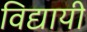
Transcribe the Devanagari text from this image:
विद्यायी